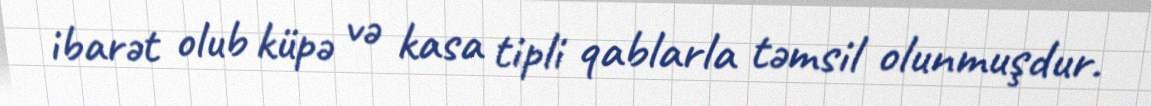
ibarət olub küpə və kasa tipli qablarla təmsil olunmuşdur.